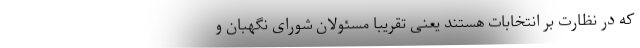
که در نظارت بر انتخابات هستند یعنی تقریباً مسئولان شورای نگهبان و